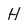
Character: H